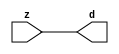

//------> /package/eda/mg/Catapult_10.3d/Mgc_home/pkgs/siflibs/mgc_in_wire_v2.v 
//------------------------------------------------------------------------------
// Catapult Synthesis - Sample I/O Port Library
//
// Copyright (c) 2003-2017 Mentor Graphics Corp.
//       All Rights Reserved
//
// This document may be used and distributed without restriction provided that
// this copyright statement is not removed from the file and that any derivative
// work contains this copyright notice.
//
// The design information contained in this file is intended to be an example
// of the functionality which the end user may study in preparation for creating
// their own custom interfaces. This design does not necessarily present a 
// complete implementation of the named protocol or standard.
//
//------------------------------------------------------------------------------


module mgc_in_wire_v2 (d, z);

  parameter integer rscid = 1;
  parameter integer width = 8;

  output [width-1:0] d;
  input  [width-1:0] z;

  wire   [width-1:0] d;

  assign d = z;

endmodule


//------> /package/eda/mg/Catapult_10.3d/Mgc_home/pkgs/siflibs/ccs_in_v1.v 
//------------------------------------------------------------------------------
// Catapult Synthesis - Sample I/O Port Library
//
// Copyright (c) 2003-2017 Mentor Graphics Corp.
//       All Rights Reserved
//
// This document may be used and distributed without restriction provided that
// this copyright statement is not removed from the file and that any derivative
// work contains this copyright notice.
//
// The design information contained in this file is intended to be an example
// of the functionality which the end user may study in preparation for creating
// their own custom interfaces. This design does not necessarily present a 
// complete implementation of the named protocol or standard.
//
//------------------------------------------------------------------------------


module ccs_in_v1 (idat, dat);

  parameter integer rscid = 1;
  parameter integer width = 8;

  output [width-1:0] idat;
  input  [width-1:0] dat;

  wire   [width-1:0] idat;

  assign idat = dat;

endmodule


//------> /package/eda/mg/Catapult_10.3d/Mgc_home/pkgs/siflibs/ccs_out_v1.v 
//------------------------------------------------------------------------------
// Catapult Synthesis - Sample I/O Port Library
//
// Copyright (c) 2003-2015 Mentor Graphics Corp.
//       All Rights Reserved
//
// This document may be used and distributed without restriction provided that
// this copyright statement is not removed from the file and that any derivative
// work contains this copyright notice.
//
// The design information contained in this file is intended to be an example
// of the functionality which the end user may study in preparation for creating
// their own custom interfaces. This design does not necessarily present a 
// complete implementation of the named protocol or standard.
//
//------------------------------------------------------------------------------

module ccs_out_v1 (dat, idat);

  parameter integer rscid = 1;
  parameter integer width = 8;

  output   [width-1:0] dat;
  input    [width-1:0] idat;

  wire     [width-1:0] dat;

  assign dat = idat;

endmodule




//------> /package/eda/mg/Catapult_10.3d/Mgc_home/pkgs/siflibs/mgc_io_sync_v2.v 
//------------------------------------------------------------------------------
// Catapult Synthesis - Sample I/O Port Library
//
// Copyright (c) 2003-2017 Mentor Graphics Corp.
//       All Rights Reserved
//
// This document may be used and distributed without restriction provided that
// this copyright statement is not removed from the file and that any derivative
// work contains this copyright notice.
//
// The design information contained in this file is intended to be an example
// of the functionality which the end user may study in preparation for creating
// their own custom interfaces. This design does not necessarily present a 
// complete implementation of the named protocol or standard.
//
//------------------------------------------------------------------------------


module mgc_io_sync_v2 (ld, lz);
    parameter valid = 0;

    input  ld;
    output lz;

    wire   lz;

    assign lz = ld;

endmodule


//------> ./rtl.v 
// ----------------------------------------------------------------------
//  HLS HDL:        Verilog Netlister
//  HLS Version:    10.3d/815731 Production Release
//  HLS Date:       Wed Apr 24 14:54:19 PDT 2019
// 
//  Generated by:   695r48@ecegrid-thin4.ecn.purdue.edu
//  Generated date: Sat Nov 13 22:49:24 2021
// ----------------------------------------------------------------------

// 
// ------------------------------------------------------------------
//  Design Unit:    fir_core_core_fsm
//  FSM Module
// ------------------------------------------------------------------


module fir_core_core_fsm (
  clk, rst, fsm_output
);
  input clk;
  input rst;
  output [1:0] fsm_output;
  reg [1:0] fsm_output;


  // FSM State Type Declaration for fir_core_core_fsm_1
  parameter
    main_C_0 = 1'd0,
    main_C_1 = 1'd1;

  reg [0:0] state_var;
  reg [0:0] state_var_NS;


  // Interconnect Declarations for Component Instantiations 
  always @(*)
  begin : fir_core_core_fsm_1
    case (state_var)
      main_C_1 : begin
        fsm_output = 2'b10;
        state_var_NS = main_C_0;
      end
      // main_C_0
      default : begin
        fsm_output = 2'b01;
        state_var_NS = main_C_1;
      end
    endcase
  end

  always @(posedge clk) begin
    if ( rst ) begin
      state_var <= main_C_0;
    end
    else begin
      state_var <= state_var_NS;
    end
  end

endmodule

// ------------------------------------------------------------------
//  Design Unit:    fir_core
// ------------------------------------------------------------------


module fir_core (
  clk, rst, coeffs_rsc_z, coeffs_rsc_triosy_lz, in1_rsc_dat, in1_rsc_triosy_lz, out1_rsc_dat,
      out1_rsc_triosy_lz
);
  input clk;
  input rst;
  input [511:0] coeffs_rsc_z;
  output coeffs_rsc_triosy_lz;
  input [15:0] in1_rsc_dat;
  output in1_rsc_triosy_lz;
  output [15:0] out1_rsc_dat;
  output out1_rsc_triosy_lz;


  // Interconnect Declarations
  wire [511:0] coeffs_rsci_d;
  wire [15:0] in1_rsci_idat;
  reg [15:0] out1_rsci_idat;
  reg out1_rsc_triosy_obj_ld;
  wire [1:0] fsm_output;
  reg main_stage_0_2;
  reg reg_in1_rsc_triosy_obj_ld_cse;
  wire [29:0] z_out;
  wire signed [31:0] nl_z_out;
  wire [29:0] z_out_1;
  wire signed [31:0] nl_z_out_1;
  wire [29:0] z_out_2;
  wire signed [31:0] nl_z_out_2;
  wire [29:0] z_out_3;
  wire signed [31:0] nl_z_out_3;
  wire [29:0] z_out_4;
  wire signed [31:0] nl_z_out_4;
  wire [29:0] z_out_5;
  wire signed [31:0] nl_z_out_5;
  wire [29:0] z_out_6;
  wire signed [31:0] nl_z_out_6;
  wire [29:0] z_out_7;
  wire signed [31:0] nl_z_out_7;
  wire [29:0] z_out_8;
  wire signed [31:0] nl_z_out_8;
  wire [29:0] z_out_9;
  wire signed [31:0] nl_z_out_9;
  wire [29:0] z_out_10;
  wire signed [31:0] nl_z_out_10;
  wire [29:0] z_out_11;
  wire signed [31:0] nl_z_out_11;
  wire [29:0] z_out_12;
  wire signed [31:0] nl_z_out_12;
  wire [29:0] z_out_13;
  wire signed [31:0] nl_z_out_13;
  wire [29:0] z_out_14;
  wire signed [31:0] nl_z_out_14;
  wire [29:0] z_out_15;
  wire signed [31:0] nl_z_out_15;
  reg [15:0] regs_16_sva;
  reg [15:0] regs_17_sva;
  reg [15:0] regs_18_sva;
  reg [15:0] regs_19_sva;
  reg [15:0] regs_20_sva;
  reg [15:0] regs_21_sva;
  reg [15:0] regs_22_sva;
  reg [15:0] regs_23_sva;
  reg [15:0] regs_24_sva;
  reg [15:0] regs_25_sva;
  reg [15:0] regs_26_sva;
  reg [15:0] regs_27_sva;
  reg [15:0] regs_28_sva;
  reg [15:0] regs_2_sva;
  reg [15:0] regs_29_sva;
  reg [15:0] regs_30_sva;
  reg [15:0] regs_0_sva;
  reg [15:0] MAC_asn_62_itm;
  reg [15:0] MAC_asn_63_itm;
  reg [15:0] MAC_asn_64_itm;
  reg [15:0] MAC_asn_65_itm;
  reg [15:0] MAC_asn_66_itm;
  reg [15:0] MAC_asn_67_itm;
  reg [15:0] MAC_asn_68_itm;
  reg [15:0] MAC_asn_69_itm;
  reg [15:0] MAC_asn_70_itm;
  reg [15:0] MAC_asn_71_itm;
  reg [15:0] MAC_asn_72_itm;
  reg [15:0] MAC_asn_73_itm;
  reg [15:0] MAC_asn_74_itm;
  reg [29:0] MAC_acc_31_itm;
  reg [15:0] MAC_asn_90_itm;
  reg [29:0] MAC_acc_17_itm_1;
  reg [29:0] MAC_acc_16_itm_1;
  reg [29:0] MAC_acc_15_itm_1;
  reg [29:0] MAC_acc_14_itm_1;
  reg [29:0] MAC_acc_13_itm_1;
  reg [29:0] MAC_acc_12_itm_1;
  reg [29:0] MAC_acc_11_itm_1;
  reg [29:0] MAC_acc_10_itm_1;
  reg [29:0] MAC_acc_itm_1;
  wire [29:0] MAC_acc_31_itm_1;
  wire [30:0] nl_MAC_acc_31_itm_1;
  reg [255:0] MAC_io_read_coeffs_rsc_cse_sva_255_0;

  wire[29:0] MAC_acc_9_nl;
  wire[30:0] nl_MAC_acc_9_nl;
  wire[29:0] MAC_acc_17_nl;
  wire[30:0] nl_MAC_acc_17_nl;
  wire[29:0] MAC_acc_8_nl;
  wire[30:0] nl_MAC_acc_8_nl;
  wire[29:0] MAC_acc_16_nl;
  wire[30:0] nl_MAC_acc_16_nl;
  wire[29:0] MAC_acc_7_nl;
  wire[30:0] nl_MAC_acc_7_nl;
  wire[29:0] MAC_acc_15_nl;
  wire[30:0] nl_MAC_acc_15_nl;
  wire[29:0] MAC_acc_6_nl;
  wire[30:0] nl_MAC_acc_6_nl;
  wire[29:0] MAC_acc_14_nl;
  wire[30:0] nl_MAC_acc_14_nl;
  wire[29:0] MAC_acc_5_nl;
  wire[30:0] nl_MAC_acc_5_nl;
  wire[29:0] MAC_acc_13_nl;
  wire[30:0] nl_MAC_acc_13_nl;
  wire[29:0] MAC_acc_4_nl;
  wire[30:0] nl_MAC_acc_4_nl;
  wire[29:0] MAC_acc_12_nl;
  wire[30:0] nl_MAC_acc_12_nl;
  wire[29:0] MAC_acc_3_nl;
  wire[30:0] nl_MAC_acc_3_nl;
  wire[29:0] MAC_acc_11_nl;
  wire[30:0] nl_MAC_acc_11_nl;
  wire[29:0] MAC_acc_18_nl;
  wire[30:0] nl_MAC_acc_18_nl;
  wire[29:0] MAC_acc_10_nl;
  wire[30:0] nl_MAC_acc_10_nl;
  wire[29:0] MAC_32_acc_1_nl;
  wire[30:0] nl_MAC_32_acc_1_nl;
  wire[29:0] MAC_acc_36_nl;
  wire[30:0] nl_MAC_acc_36_nl;
  wire[29:0] MAC_acc_32_nl;
  wire[30:0] nl_MAC_acc_32_nl;
  wire[29:0] MAC_acc_34_nl;
  wire[30:0] nl_MAC_acc_34_nl;
  wire[29:0] MAC_acc_42_nl;
  wire[30:0] nl_MAC_acc_42_nl;
  wire[29:0] MAC_acc_38_nl;
  wire[30:0] nl_MAC_acc_38_nl;
  wire[29:0] MAC_acc_40_nl;
  wire[30:0] nl_MAC_acc_40_nl;
  wire[15:0] MAC_mux_41_nl;
  wire[15:0] MAC_mux_42_nl;
  wire[15:0] MAC_mux_43_nl;
  wire[15:0] MAC_mux_44_nl;
  wire[15:0] MAC_mux_45_nl;
  wire[15:0] MAC_mux_46_nl;
  wire[15:0] MAC_mux_47_nl;
  wire[15:0] MAC_mux_48_nl;
  wire[15:0] MAC_mux_49_nl;
  wire[15:0] MAC_mux_50_nl;
  wire[15:0] MAC_mux_51_nl;
  wire[15:0] MAC_mux_52_nl;
  wire[15:0] MAC_mux_53_nl;
  wire[15:0] MAC_mux_54_nl;
  wire[15:0] MAC_mux_55_nl;
  wire[15:0] MAC_mux_56_nl;
  wire[15:0] MAC_mux_57_nl;
  wire[15:0] MAC_mux_58_nl;
  wire[15:0] MAC_mux_59_nl;
  wire[15:0] MAC_mux_60_nl;
  wire[15:0] MAC_mux_61_nl;
  wire[15:0] MAC_mux_62_nl;
  wire[15:0] MAC_mux_63_nl;
  wire[15:0] MAC_mux_64_nl;
  wire[15:0] MAC_mux_65_nl;
  wire[15:0] MAC_mux_66_nl;
  wire[15:0] MAC_mux_67_nl;
  wire[15:0] MAC_mux_68_nl;
  wire[15:0] MAC_mux_69_nl;
  wire[15:0] MAC_mux_70_nl;
  wire[15:0] MAC_mux_71_nl;

  // Interconnect Declarations for Component Instantiations 
  mgc_in_wire_v2 #(.rscid(32'sd1),
  .width(32'sd512)) coeffs_rsci (
      .d(coeffs_rsci_d),
      .z(coeffs_rsc_z)
    );
  ccs_in_v1 #(.rscid(32'sd2),
  .width(32'sd16)) in1_rsci (
      .dat(in1_rsc_dat),
      .idat(in1_rsci_idat)
    );
  ccs_out_v1 #(.rscid(32'sd3),
  .width(32'sd16)) out1_rsci (
      .idat(out1_rsci_idat),
      .dat(out1_rsc_dat)
    );
  mgc_io_sync_v2 #(.valid(32'sd0)) coeffs_rsc_triosy_obj (
      .ld(reg_in1_rsc_triosy_obj_ld_cse),
      .lz(coeffs_rsc_triosy_lz)
    );
  mgc_io_sync_v2 #(.valid(32'sd0)) in1_rsc_triosy_obj (
      .ld(reg_in1_rsc_triosy_obj_ld_cse),
      .lz(in1_rsc_triosy_lz)
    );
  mgc_io_sync_v2 #(.valid(32'sd0)) out1_rsc_triosy_obj (
      .ld(out1_rsc_triosy_obj_ld),
      .lz(out1_rsc_triosy_lz)
    );
  fir_core_core_fsm fir_core_core_fsm_inst (
      .clk(clk),
      .rst(rst),
      .fsm_output(fsm_output)
    );
  assign nl_MAC_acc_32_nl = MAC_acc_17_itm_1 + MAC_acc_16_itm_1;
  assign MAC_acc_32_nl = nl_MAC_acc_32_nl[29:0];
  assign nl_MAC_acc_34_nl = MAC_acc_15_itm_1 + MAC_acc_14_itm_1;
  assign MAC_acc_34_nl = nl_MAC_acc_34_nl[29:0];
  assign nl_MAC_acc_36_nl = (MAC_acc_32_nl) + (MAC_acc_34_nl);
  assign MAC_acc_36_nl = nl_MAC_acc_36_nl[29:0];
  assign nl_MAC_acc_38_nl = MAC_acc_13_itm_1 + MAC_acc_12_itm_1;
  assign MAC_acc_38_nl = nl_MAC_acc_38_nl[29:0];
  assign nl_MAC_acc_40_nl = MAC_acc_11_itm_1 + MAC_acc_10_itm_1;
  assign MAC_acc_40_nl = nl_MAC_acc_40_nl[29:0];
  assign nl_MAC_acc_42_nl = (MAC_acc_38_nl) + (MAC_acc_40_nl);
  assign MAC_acc_42_nl = nl_MAC_acc_42_nl[29:0];
  assign nl_MAC_acc_31_itm_1 = (MAC_acc_36_nl) + (MAC_acc_42_nl);
  assign MAC_acc_31_itm_1 = nl_MAC_acc_31_itm_1[29:0];
  always @(posedge clk) begin
    if ( rst ) begin
      MAC_acc_31_itm <= 30'b000000000000000000000000000000;
    end
    else if ( main_stage_0_2 ) begin
      MAC_acc_31_itm <= MAC_acc_31_itm_1;
    end
  end
  always @(posedge clk) begin
    if ( rst ) begin
      MAC_acc_17_itm_1 <= 30'b000000000000000000000000000000;
      MAC_acc_16_itm_1 <= 30'b000000000000000000000000000000;
      MAC_acc_15_itm_1 <= 30'b000000000000000000000000000000;
      MAC_acc_14_itm_1 <= 30'b000000000000000000000000000000;
      MAC_acc_13_itm_1 <= 30'b000000000000000000000000000000;
      MAC_acc_12_itm_1 <= 30'b000000000000000000000000000000;
      MAC_acc_11_itm_1 <= 30'b000000000000000000000000000000;
      MAC_acc_10_itm_1 <= 30'b000000000000000000000000000000;
      out1_rsc_triosy_obj_ld <= 1'b0;
      reg_in1_rsc_triosy_obj_ld_cse <= 1'b0;
      MAC_io_read_coeffs_rsc_cse_sva_255_0 <= 256'b0000000000000000000000000000000000000000000000000000000000000000000000000000000000000000000000000000000000000000000000000000000000000000000000000000000000000000000000000000000000000000000000000000000000000000000000000000000000000000000000000000000000000000;
      MAC_asn_90_itm <= 16'b0000000000000000;
    end
    else begin
      MAC_acc_17_itm_1 <= MUX_v_30_2_2((MAC_acc_9_nl), (MAC_acc_17_nl), fsm_output[1]);
      MAC_acc_16_itm_1 <= MUX_v_30_2_2((MAC_acc_8_nl), (MAC_acc_16_nl), fsm_output[1]);
      MAC_acc_15_itm_1 <= MUX_v_30_2_2((MAC_acc_7_nl), (MAC_acc_15_nl), fsm_output[1]);
      MAC_acc_14_itm_1 <= MUX_v_30_2_2((MAC_acc_6_nl), (MAC_acc_14_nl), fsm_output[1]);
      MAC_acc_13_itm_1 <= MUX_v_30_2_2((MAC_acc_5_nl), (MAC_acc_13_nl), fsm_output[1]);
      MAC_acc_12_itm_1 <= MUX_v_30_2_2((MAC_acc_4_nl), (MAC_acc_12_nl), fsm_output[1]);
      MAC_acc_11_itm_1 <= MUX_v_30_2_2((MAC_acc_3_nl), (MAC_acc_11_nl), fsm_output[1]);
      MAC_acc_10_itm_1 <= MUX_v_30_2_2((MAC_acc_18_nl), (MAC_acc_10_nl), fsm_output[1]);
      out1_rsc_triosy_obj_ld <= main_stage_0_2 & (fsm_output[1]);
      reg_in1_rsc_triosy_obj_ld_cse <= ~ (fsm_output[1]);
      MAC_io_read_coeffs_rsc_cse_sva_255_0 <= coeffs_rsci_d[255:0];
      MAC_asn_90_itm <= MUX_v_16_2_2(in1_rsci_idat, regs_30_sva, fsm_output[1]);
    end
  end
  always @(posedge clk) begin
    if ( rst ) begin
      out1_rsci_idat <= 16'b0000000000000000;
    end
    else if ( ~((~ main_stage_0_2) | (fsm_output[0])) ) begin
      out1_rsci_idat <= readslicef_30_16_14((MAC_32_acc_1_nl));
    end
  end
  always @(posedge clk) begin
    if ( rst ) begin
      MAC_acc_itm_1 <= 30'b000000000000000000000000000000;
    end
    else if ( fsm_output[1] ) begin
      MAC_acc_itm_1 <= MAC_acc_31_itm_1;
    end
  end
  always @(posedge clk) begin
    if ( rst ) begin
      main_stage_0_2 <= 1'b0;
    end
    else if ( ~ (fsm_output[0]) ) begin
      main_stage_0_2 <= ~ (fsm_output[0]);
    end
  end
  always @(posedge clk) begin
    if ( rst ) begin
      MAC_asn_73_itm <= 16'b0000000000000000;
    end
    else if ( ~ (fsm_output[0]) ) begin
      MAC_asn_73_itm <= MAC_asn_72_itm;
    end
  end
  always @(posedge clk) begin
    if ( rst ) begin
      MAC_asn_74_itm <= 16'b0000000000000000;
    end
    else if ( ~ (fsm_output[0]) ) begin
      MAC_asn_74_itm <= MAC_asn_73_itm;
    end
  end
  always @(posedge clk) begin
    if ( rst ) begin
      MAC_asn_71_itm <= 16'b0000000000000000;
    end
    else if ( ~ (fsm_output[0]) ) begin
      MAC_asn_71_itm <= MAC_asn_70_itm;
    end
  end
  always @(posedge clk) begin
    if ( rst ) begin
      MAC_asn_72_itm <= 16'b0000000000000000;
    end
    else if ( ~ (fsm_output[0]) ) begin
      MAC_asn_72_itm <= MAC_asn_71_itm;
    end
  end
  always @(posedge clk) begin
    if ( rst ) begin
      MAC_asn_69_itm <= 16'b0000000000000000;
    end
    else if ( ~ (fsm_output[0]) ) begin
      MAC_asn_69_itm <= MAC_asn_68_itm;
    end
  end
  always @(posedge clk) begin
    if ( rst ) begin
      MAC_asn_70_itm <= 16'b0000000000000000;
    end
    else if ( ~ (fsm_output[0]) ) begin
      MAC_asn_70_itm <= MAC_asn_69_itm;
    end
  end
  always @(posedge clk) begin
    if ( rst ) begin
      MAC_asn_67_itm <= 16'b0000000000000000;
    end
    else if ( ~ (fsm_output[0]) ) begin
      MAC_asn_67_itm <= MAC_asn_66_itm;
    end
  end
  always @(posedge clk) begin
    if ( rst ) begin
      MAC_asn_68_itm <= 16'b0000000000000000;
    end
    else if ( ~ (fsm_output[0]) ) begin
      MAC_asn_68_itm <= MAC_asn_67_itm;
    end
  end
  always @(posedge clk) begin
    if ( rst ) begin
      MAC_asn_65_itm <= 16'b0000000000000000;
    end
    else if ( ~ (fsm_output[0]) ) begin
      MAC_asn_65_itm <= MAC_asn_64_itm;
    end
  end
  always @(posedge clk) begin
    if ( rst ) begin
      MAC_asn_66_itm <= 16'b0000000000000000;
    end
    else if ( ~ (fsm_output[0]) ) begin
      MAC_asn_66_itm <= MAC_asn_65_itm;
    end
  end
  always @(posedge clk) begin
    if ( rst ) begin
      MAC_asn_63_itm <= 16'b0000000000000000;
    end
    else if ( ~ (fsm_output[0]) ) begin
      MAC_asn_63_itm <= MAC_asn_62_itm;
    end
  end
  always @(posedge clk) begin
    if ( rst ) begin
      MAC_asn_64_itm <= 16'b0000000000000000;
    end
    else if ( ~ (fsm_output[0]) ) begin
      MAC_asn_64_itm <= MAC_asn_63_itm;
    end
  end
  always @(posedge clk) begin
    if ( rst ) begin
      regs_2_sva <= 16'b0000000000000000;
    end
    else if ( ~ (fsm_output[0]) ) begin
      regs_2_sva <= regs_0_sva;
    end
  end
  always @(posedge clk) begin
    if ( rst ) begin
      MAC_asn_62_itm <= 16'b0000000000000000;
    end
    else if ( ~ (fsm_output[0]) ) begin
      MAC_asn_62_itm <= regs_2_sva;
    end
  end
  always @(posedge clk) begin
    if ( rst ) begin
      regs_0_sva <= 16'b0000000000000000;
    end
    else if ( ~ (fsm_output[0]) ) begin
      regs_0_sva <= MAC_asn_90_itm;
    end
  end
  always @(posedge clk) begin
    if ( rst ) begin
      regs_30_sva <= 16'b0000000000000000;
    end
    else if ( ~ (fsm_output[0]) ) begin
      regs_30_sva <= regs_29_sva;
    end
  end
  always @(posedge clk) begin
    if ( rst ) begin
      regs_29_sva <= 16'b0000000000000000;
    end
    else if ( ~ (fsm_output[0]) ) begin
      regs_29_sva <= regs_28_sva;
    end
  end
  always @(posedge clk) begin
    if ( rst ) begin
      regs_28_sva <= 16'b0000000000000000;
    end
    else if ( ~ (fsm_output[0]) ) begin
      regs_28_sva <= regs_27_sva;
    end
  end
  always @(posedge clk) begin
    if ( rst ) begin
      regs_27_sva <= 16'b0000000000000000;
    end
    else if ( ~ (fsm_output[0]) ) begin
      regs_27_sva <= regs_26_sva;
    end
  end
  always @(posedge clk) begin
    if ( rst ) begin
      regs_26_sva <= 16'b0000000000000000;
    end
    else if ( ~ (fsm_output[0]) ) begin
      regs_26_sva <= regs_25_sva;
    end
  end
  always @(posedge clk) begin
    if ( rst ) begin
      regs_25_sva <= 16'b0000000000000000;
    end
    else if ( ~ (fsm_output[0]) ) begin
      regs_25_sva <= regs_24_sva;
    end
  end
  always @(posedge clk) begin
    if ( rst ) begin
      regs_24_sva <= 16'b0000000000000000;
    end
    else if ( ~ (fsm_output[0]) ) begin
      regs_24_sva <= regs_23_sva;
    end
  end
  always @(posedge clk) begin
    if ( rst ) begin
      regs_23_sva <= 16'b0000000000000000;
    end
    else if ( ~ (fsm_output[0]) ) begin
      regs_23_sva <= regs_22_sva;
    end
  end
  always @(posedge clk) begin
    if ( rst ) begin
      regs_22_sva <= 16'b0000000000000000;
    end
    else if ( ~ (fsm_output[0]) ) begin
      regs_22_sva <= regs_21_sva;
    end
  end
  always @(posedge clk) begin
    if ( rst ) begin
      regs_21_sva <= 16'b0000000000000000;
    end
    else if ( ~ (fsm_output[0]) ) begin
      regs_21_sva <= regs_20_sva;
    end
  end
  always @(posedge clk) begin
    if ( rst ) begin
      regs_20_sva <= 16'b0000000000000000;
    end
    else if ( ~ (fsm_output[0]) ) begin
      regs_20_sva <= regs_19_sva;
    end
  end
  always @(posedge clk) begin
    if ( rst ) begin
      regs_19_sva <= 16'b0000000000000000;
    end
    else if ( ~ (fsm_output[0]) ) begin
      regs_19_sva <= regs_18_sva;
    end
  end
  always @(posedge clk) begin
    if ( rst ) begin
      regs_18_sva <= 16'b0000000000000000;
    end
    else if ( ~ (fsm_output[0]) ) begin
      regs_18_sva <= regs_17_sva;
    end
  end
  always @(posedge clk) begin
    if ( rst ) begin
      regs_17_sva <= 16'b0000000000000000;
    end
    else if ( ~ (fsm_output[0]) ) begin
      regs_17_sva <= regs_16_sva;
    end
  end
  always @(posedge clk) begin
    if ( rst ) begin
      regs_16_sva <= 16'b0000000000000000;
    end
    else if ( ~ (fsm_output[0]) ) begin
      regs_16_sva <= MAC_asn_74_itm;
    end
  end
  assign nl_MAC_acc_9_nl = z_out + z_out_1;
  assign MAC_acc_9_nl = nl_MAC_acc_9_nl[29:0];
  assign nl_MAC_acc_17_nl = z_out_2 + z_out_1;
  assign MAC_acc_17_nl = nl_MAC_acc_17_nl[29:0];
  assign nl_MAC_acc_8_nl = z_out_4 + z_out_3;
  assign MAC_acc_8_nl = nl_MAC_acc_8_nl[29:0];
  assign nl_MAC_acc_16_nl = z_out_4 + z_out_7;
  assign MAC_acc_16_nl = nl_MAC_acc_16_nl[29:0];
  assign nl_MAC_acc_7_nl = z_out_6 + z_out_9;
  assign MAC_acc_7_nl = nl_MAC_acc_7_nl[29:0];
  assign nl_MAC_acc_15_nl = z_out_8 + z_out_11;
  assign MAC_acc_15_nl = nl_MAC_acc_15_nl[29:0];
  assign nl_MAC_acc_6_nl = z_out_10 + z_out_13;
  assign MAC_acc_6_nl = nl_MAC_acc_6_nl[29:0];
  assign nl_MAC_acc_14_nl = z_out_12 + z_out_15;
  assign MAC_acc_14_nl = nl_MAC_acc_14_nl[29:0];
  assign nl_MAC_acc_5_nl = z_out_14 + z_out_15;
  assign MAC_acc_5_nl = nl_MAC_acc_5_nl[29:0];
  assign nl_MAC_acc_13_nl = z_out_14 + z_out_13;
  assign MAC_acc_13_nl = nl_MAC_acc_13_nl[29:0];
  assign nl_MAC_acc_4_nl = z_out_12 + z_out_11;
  assign MAC_acc_4_nl = nl_MAC_acc_4_nl[29:0];
  assign nl_MAC_acc_12_nl = z_out_10 + z_out_9;
  assign MAC_acc_12_nl = nl_MAC_acc_12_nl[29:0];
  assign nl_MAC_acc_3_nl = z_out_8 + z_out_7;
  assign MAC_acc_3_nl = nl_MAC_acc_3_nl[29:0];
  assign nl_MAC_acc_11_nl = z_out_6 + z_out_5;
  assign MAC_acc_11_nl = nl_MAC_acc_11_nl[29:0];
  assign nl_MAC_acc_18_nl = z_out_5 + z_out_2;
  assign MAC_acc_18_nl = nl_MAC_acc_18_nl[29:0];
  assign nl_MAC_acc_10_nl = z_out_3 + z_out;
  assign MAC_acc_10_nl = nl_MAC_acc_10_nl[29:0];
  assign nl_MAC_32_acc_1_nl = MAC_acc_31_itm + MAC_acc_itm_1;
  assign MAC_32_acc_1_nl = nl_MAC_32_acc_1_nl[29:0];
  assign MAC_mux_41_nl = MUX_v_16_2_2(regs_16_sva, MAC_asn_74_itm, fsm_output[1]);
  assign MAC_mux_42_nl = MUX_v_16_2_2((coeffs_rsci_d[271:256]), (MAC_io_read_coeffs_rsc_cse_sva_255_0[255:240]),
      fsm_output[1]);
  assign nl_z_out = $signed((MAC_mux_41_nl)) * $signed((MAC_mux_42_nl));
  assign z_out = nl_z_out[29:0];
  assign MAC_mux_43_nl = MUX_v_16_2_2(regs_17_sva, regs_0_sva, fsm_output[1]);
  assign MAC_mux_44_nl = MUX_v_16_2_2((coeffs_rsci_d[287:272]), (MAC_io_read_coeffs_rsc_cse_sva_255_0[31:16]),
      fsm_output[1]);
  assign nl_z_out_1 = $signed((MAC_mux_43_nl)) * $signed((MAC_mux_44_nl));
  assign z_out_1 = nl_z_out_1[29:0];
  assign MAC_mux_45_nl = MUX_v_16_2_2((MAC_io_read_coeffs_rsc_cse_sva_255_0[15:0]),
      (coeffs_rsci_d[511:496]), fsm_output[0]);
  assign nl_z_out_2 = $signed(MAC_asn_90_itm) * $signed((MAC_mux_45_nl));
  assign z_out_2 = nl_z_out_2[29:0];
  assign MAC_mux_46_nl = MUX_v_16_2_2(regs_19_sva, MAC_asn_73_itm, fsm_output[1]);
  assign MAC_mux_47_nl = MUX_v_16_2_2((coeffs_rsci_d[319:304]), (MAC_io_read_coeffs_rsc_cse_sva_255_0[239:224]),
      fsm_output[1]);
  assign nl_z_out_3 = $signed((MAC_mux_46_nl)) * $signed((MAC_mux_47_nl));
  assign z_out_3 = nl_z_out_3[29:0];
  assign MAC_mux_48_nl = MUX_v_16_2_2(regs_18_sva, regs_2_sva, fsm_output[1]);
  assign MAC_mux_49_nl = MUX_v_16_2_2((coeffs_rsci_d[303:288]), (MAC_io_read_coeffs_rsc_cse_sva_255_0[47:32]),
      fsm_output[1]);
  assign nl_z_out_4 = $signed((MAC_mux_48_nl)) * $signed((MAC_mux_49_nl));
  assign z_out_4 = nl_z_out_4[29:0];
  assign MAC_mux_50_nl = MUX_v_16_2_2(MAC_asn_72_itm, regs_30_sva, fsm_output[0]);
  assign MAC_mux_51_nl = MUX_v_16_2_2((MAC_io_read_coeffs_rsc_cse_sva_255_0[223:208]),
      (coeffs_rsci_d[495:480]), fsm_output[0]);
  assign nl_z_out_5 = $signed((MAC_mux_50_nl)) * $signed((MAC_mux_51_nl));
  assign z_out_5 = nl_z_out_5[29:0];
  assign MAC_mux_52_nl = MUX_v_16_2_2(regs_20_sva, MAC_asn_71_itm, fsm_output[1]);
  assign MAC_mux_53_nl = MUX_v_16_2_2((coeffs_rsci_d[335:320]), (MAC_io_read_coeffs_rsc_cse_sva_255_0[207:192]),
      fsm_output[1]);
  assign nl_z_out_6 = $signed((MAC_mux_52_nl)) * $signed((MAC_mux_53_nl));
  assign z_out_6 = nl_z_out_6[29:0];
  assign MAC_mux_54_nl = MUX_v_16_2_2(MAC_asn_62_itm, regs_29_sva, fsm_output[0]);
  assign MAC_mux_55_nl = MUX_v_16_2_2((MAC_io_read_coeffs_rsc_cse_sva_255_0[63:48]),
      (coeffs_rsci_d[479:464]), fsm_output[0]);
  assign nl_z_out_7 = $signed((MAC_mux_54_nl)) * $signed((MAC_mux_55_nl));
  assign z_out_7 = nl_z_out_7[29:0];
  assign MAC_mux_56_nl = MUX_v_16_2_2(MAC_asn_63_itm, regs_28_sva, fsm_output[0]);
  assign MAC_mux_57_nl = MUX_v_16_2_2((MAC_io_read_coeffs_rsc_cse_sva_255_0[79:64]),
      (coeffs_rsci_d[463:448]), fsm_output[0]);
  assign nl_z_out_8 = $signed((MAC_mux_56_nl)) * $signed((MAC_mux_57_nl));
  assign z_out_8 = nl_z_out_8[29:0];
  assign MAC_mux_58_nl = MUX_v_16_2_2(regs_21_sva, MAC_asn_70_itm, fsm_output[1]);
  assign MAC_mux_59_nl = MUX_v_16_2_2((coeffs_rsci_d[351:336]), (MAC_io_read_coeffs_rsc_cse_sva_255_0[191:176]),
      fsm_output[1]);
  assign nl_z_out_9 = $signed((MAC_mux_58_nl)) * $signed((MAC_mux_59_nl));
  assign z_out_9 = nl_z_out_9[29:0];
  assign MAC_mux_60_nl = MUX_v_16_2_2(regs_22_sva, MAC_asn_69_itm, fsm_output[1]);
  assign MAC_mux_61_nl = MUX_v_16_2_2((coeffs_rsci_d[367:352]), (MAC_io_read_coeffs_rsc_cse_sva_255_0[175:160]),
      fsm_output[1]);
  assign nl_z_out_10 = $signed((MAC_mux_60_nl)) * $signed((MAC_mux_61_nl));
  assign z_out_10 = nl_z_out_10[29:0];
  assign MAC_mux_62_nl = MUX_v_16_2_2(MAC_asn_64_itm, regs_27_sva, fsm_output[0]);
  assign MAC_mux_63_nl = MUX_v_16_2_2((MAC_io_read_coeffs_rsc_cse_sva_255_0[95:80]),
      (coeffs_rsci_d[447:432]), fsm_output[0]);
  assign nl_z_out_11 = $signed((MAC_mux_62_nl)) * $signed((MAC_mux_63_nl));
  assign z_out_11 = nl_z_out_11[29:0];
  assign MAC_mux_64_nl = MUX_v_16_2_2(MAC_asn_65_itm, regs_26_sva, fsm_output[0]);
  assign MAC_mux_65_nl = MUX_v_16_2_2((MAC_io_read_coeffs_rsc_cse_sva_255_0[111:96]),
      (coeffs_rsci_d[431:416]), fsm_output[0]);
  assign nl_z_out_12 = $signed((MAC_mux_64_nl)) * $signed((MAC_mux_65_nl));
  assign z_out_12 = nl_z_out_12[29:0];
  assign MAC_mux_66_nl = MUX_v_16_2_2(regs_23_sva, MAC_asn_68_itm, fsm_output[1]);
  assign MAC_mux_67_nl = MUX_v_16_2_2((coeffs_rsci_d[383:368]), (MAC_io_read_coeffs_rsc_cse_sva_255_0[159:144]),
      fsm_output[1]);
  assign nl_z_out_13 = $signed((MAC_mux_66_nl)) * $signed((MAC_mux_67_nl));
  assign z_out_13 = nl_z_out_13[29:0];
  assign MAC_mux_68_nl = MUX_v_16_2_2(regs_24_sva, MAC_asn_67_itm, fsm_output[1]);
  assign MAC_mux_69_nl = MUX_v_16_2_2((coeffs_rsci_d[399:384]), (MAC_io_read_coeffs_rsc_cse_sva_255_0[143:128]),
      fsm_output[1]);
  assign nl_z_out_14 = $signed((MAC_mux_68_nl)) * $signed((MAC_mux_69_nl));
  assign z_out_14 = nl_z_out_14[29:0];
  assign MAC_mux_70_nl = MUX_v_16_2_2(MAC_asn_66_itm, regs_25_sva, fsm_output[0]);
  assign MAC_mux_71_nl = MUX_v_16_2_2((MAC_io_read_coeffs_rsc_cse_sva_255_0[127:112]),
      (coeffs_rsci_d[415:400]), fsm_output[0]);
  assign nl_z_out_15 = $signed((MAC_mux_70_nl)) * $signed((MAC_mux_71_nl));
  assign z_out_15 = nl_z_out_15[29:0];

  function automatic [15:0] MUX_v_16_2_2;
    input [15:0] input_0;
    input [15:0] input_1;
    input [0:0] sel;
    reg [15:0] result;
  begin
    case (sel)
      1'b0 : begin
        result = input_0;
      end
      default : begin
        result = input_1;
      end
    endcase
    MUX_v_16_2_2 = result;
  end
  endfunction


  function automatic [29:0] MUX_v_30_2_2;
    input [29:0] input_0;
    input [29:0] input_1;
    input [0:0] sel;
    reg [29:0] result;
  begin
    case (sel)
      1'b0 : begin
        result = input_0;
      end
      default : begin
        result = input_1;
      end
    endcase
    MUX_v_30_2_2 = result;
  end
  endfunction


  function automatic [15:0] readslicef_30_16_14;
    input [29:0] vector;
    reg [29:0] tmp;
  begin
    tmp = vector >> 14;
    readslicef_30_16_14 = tmp[15:0];
  end
  endfunction

endmodule

// ------------------------------------------------------------------
//  Design Unit:    fir
// ------------------------------------------------------------------


module fir (
  clk, rst, coeffs_rsc_z, coeffs_rsc_triosy_lz, in1_rsc_dat, in1_rsc_triosy_lz, out1_rsc_dat,
      out1_rsc_triosy_lz
);
  input clk;
  input rst;
  input [511:0] coeffs_rsc_z;
  output coeffs_rsc_triosy_lz;
  input [15:0] in1_rsc_dat;
  output in1_rsc_triosy_lz;
  output [15:0] out1_rsc_dat;
  output out1_rsc_triosy_lz;



  // Interconnect Declarations for Component Instantiations 
  fir_core fir_core_inst (
      .clk(clk),
      .rst(rst),
      .coeffs_rsc_z(coeffs_rsc_z),
      .coeffs_rsc_triosy_lz(coeffs_rsc_triosy_lz),
      .in1_rsc_dat(in1_rsc_dat),
      .in1_rsc_triosy_lz(in1_rsc_triosy_lz),
      .out1_rsc_dat(out1_rsc_dat),
      .out1_rsc_triosy_lz(out1_rsc_triosy_lz)
    );
endmodule